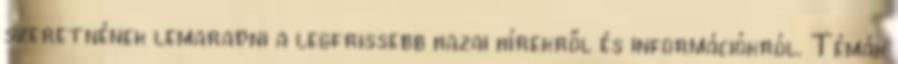
szeretnének lemaradni a legfrissebb hazai hírekről és információkról. Témák